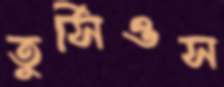
তুর্সিওস